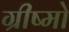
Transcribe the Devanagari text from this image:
ग्रीष्मो